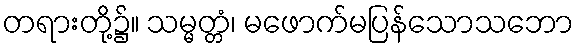
တရားတို့၌။ သမ္မတ္တံ၊ မဖောက်မပြန်သောသဘော